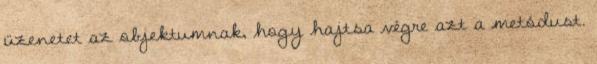
üzenetet az objektumnak, hogy hajtsa végre azt a metódust.